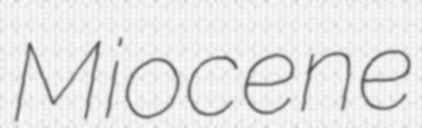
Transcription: Miocene